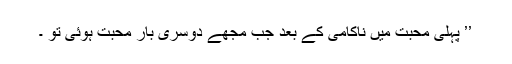
’’ پہلی محبت میں ناکامی کے بعد جب مجھے دوسری بار محبت ہوئی تو ۔